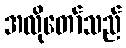
အလိုတော်သည်